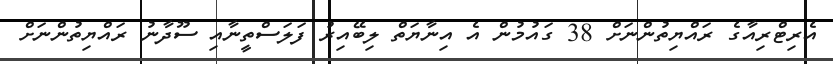
އެރިޓްރިއާގެ ރައްޔިތުންނަށް 38 ގައުމުން އެ އިނާޔަތް ލިބޭއިރު ފަލަސްތީނާއި ސޫދާނު ރައްޔިތުންނަށް